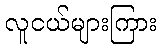
လူငယ်များကြား